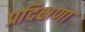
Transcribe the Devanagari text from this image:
प्रदिक्षणा